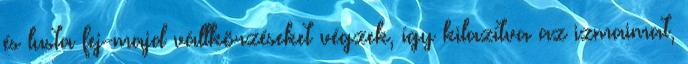
és lusta fej-majd vállkörzéseket végzek, így kilazítva az izmaimat,